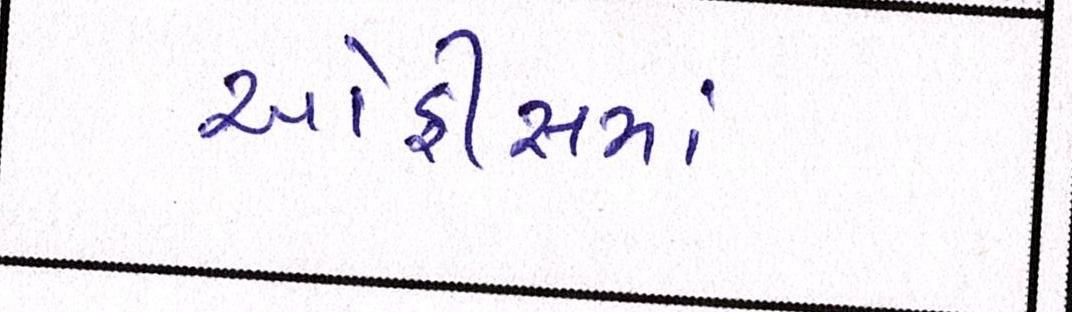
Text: ઓફીસમાં